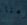
وهنا